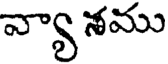
వ్యా శము